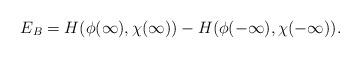
LaTeX: \begin{align*}E_B=H(\phi(\infty),\chi(\infty))-H(\phi(-\infty),\chi(-\infty)).\end{align*}